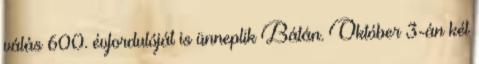
válás 600. évfordulóját is ünneplik Bátán. Október 3-án két